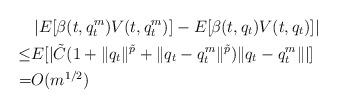
LaTeX: \begin{align*}&\left|E[\beta(t,q_t^m)V(t,q_t^m)]-E[\beta(t,q_t)V(t,q_t)]\right|\\\leq &E[|\tilde C(1+\|q_t\|^{\tilde p}+\|q_t-q_t^m\|^{\tilde p})\|q_t-q_t^m\||]\\=&O(m^{1/2})\end{align*}